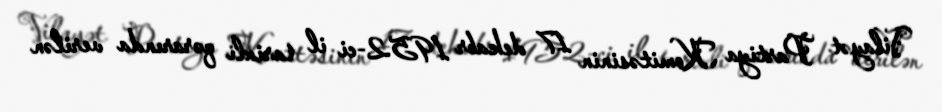
Vilayət Partiya Komitəsinin 17 dekabr 1952-ci il tarixli qərarında verilən